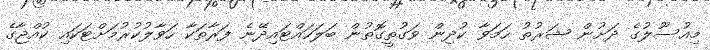
މިއުސޫލުގެ ދަށުން ޝަރުތު ހަމަވާ ކުދިން ވަގުތީގޮތުން ބަލަހައްޓައިދޭނެ ފަރާތަކާ ހަވާލުކުރުމަށްޓަކައި ކުއްޖާގެ